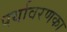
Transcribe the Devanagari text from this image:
पर्यावरणका